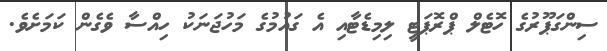
ސިންގަޕޫރުގެ ހޮޓެލް ޕްރޮޕަޓީ ލިމިޑެޓާއި އެ ގައުމުގެ މަހުޖަނަކު ހިއްސާ ވެގެން ކަމަށެވެ.